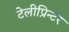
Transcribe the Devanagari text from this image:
टेलीप्रिन्टर